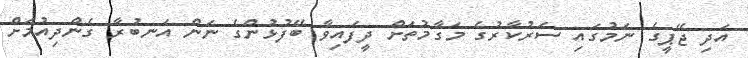
އަދި ޖޭޕީގެ ނަމުގައި ސަރުކާރުގެ މަގާމުތަށް ދީފައިވާ ބޭފުޅުންގެ ނަން އަނބުރާ ގެންދިއުމަށް